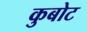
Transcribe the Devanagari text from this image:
कुबोट